Holstre_vallavalitsus, lk 15
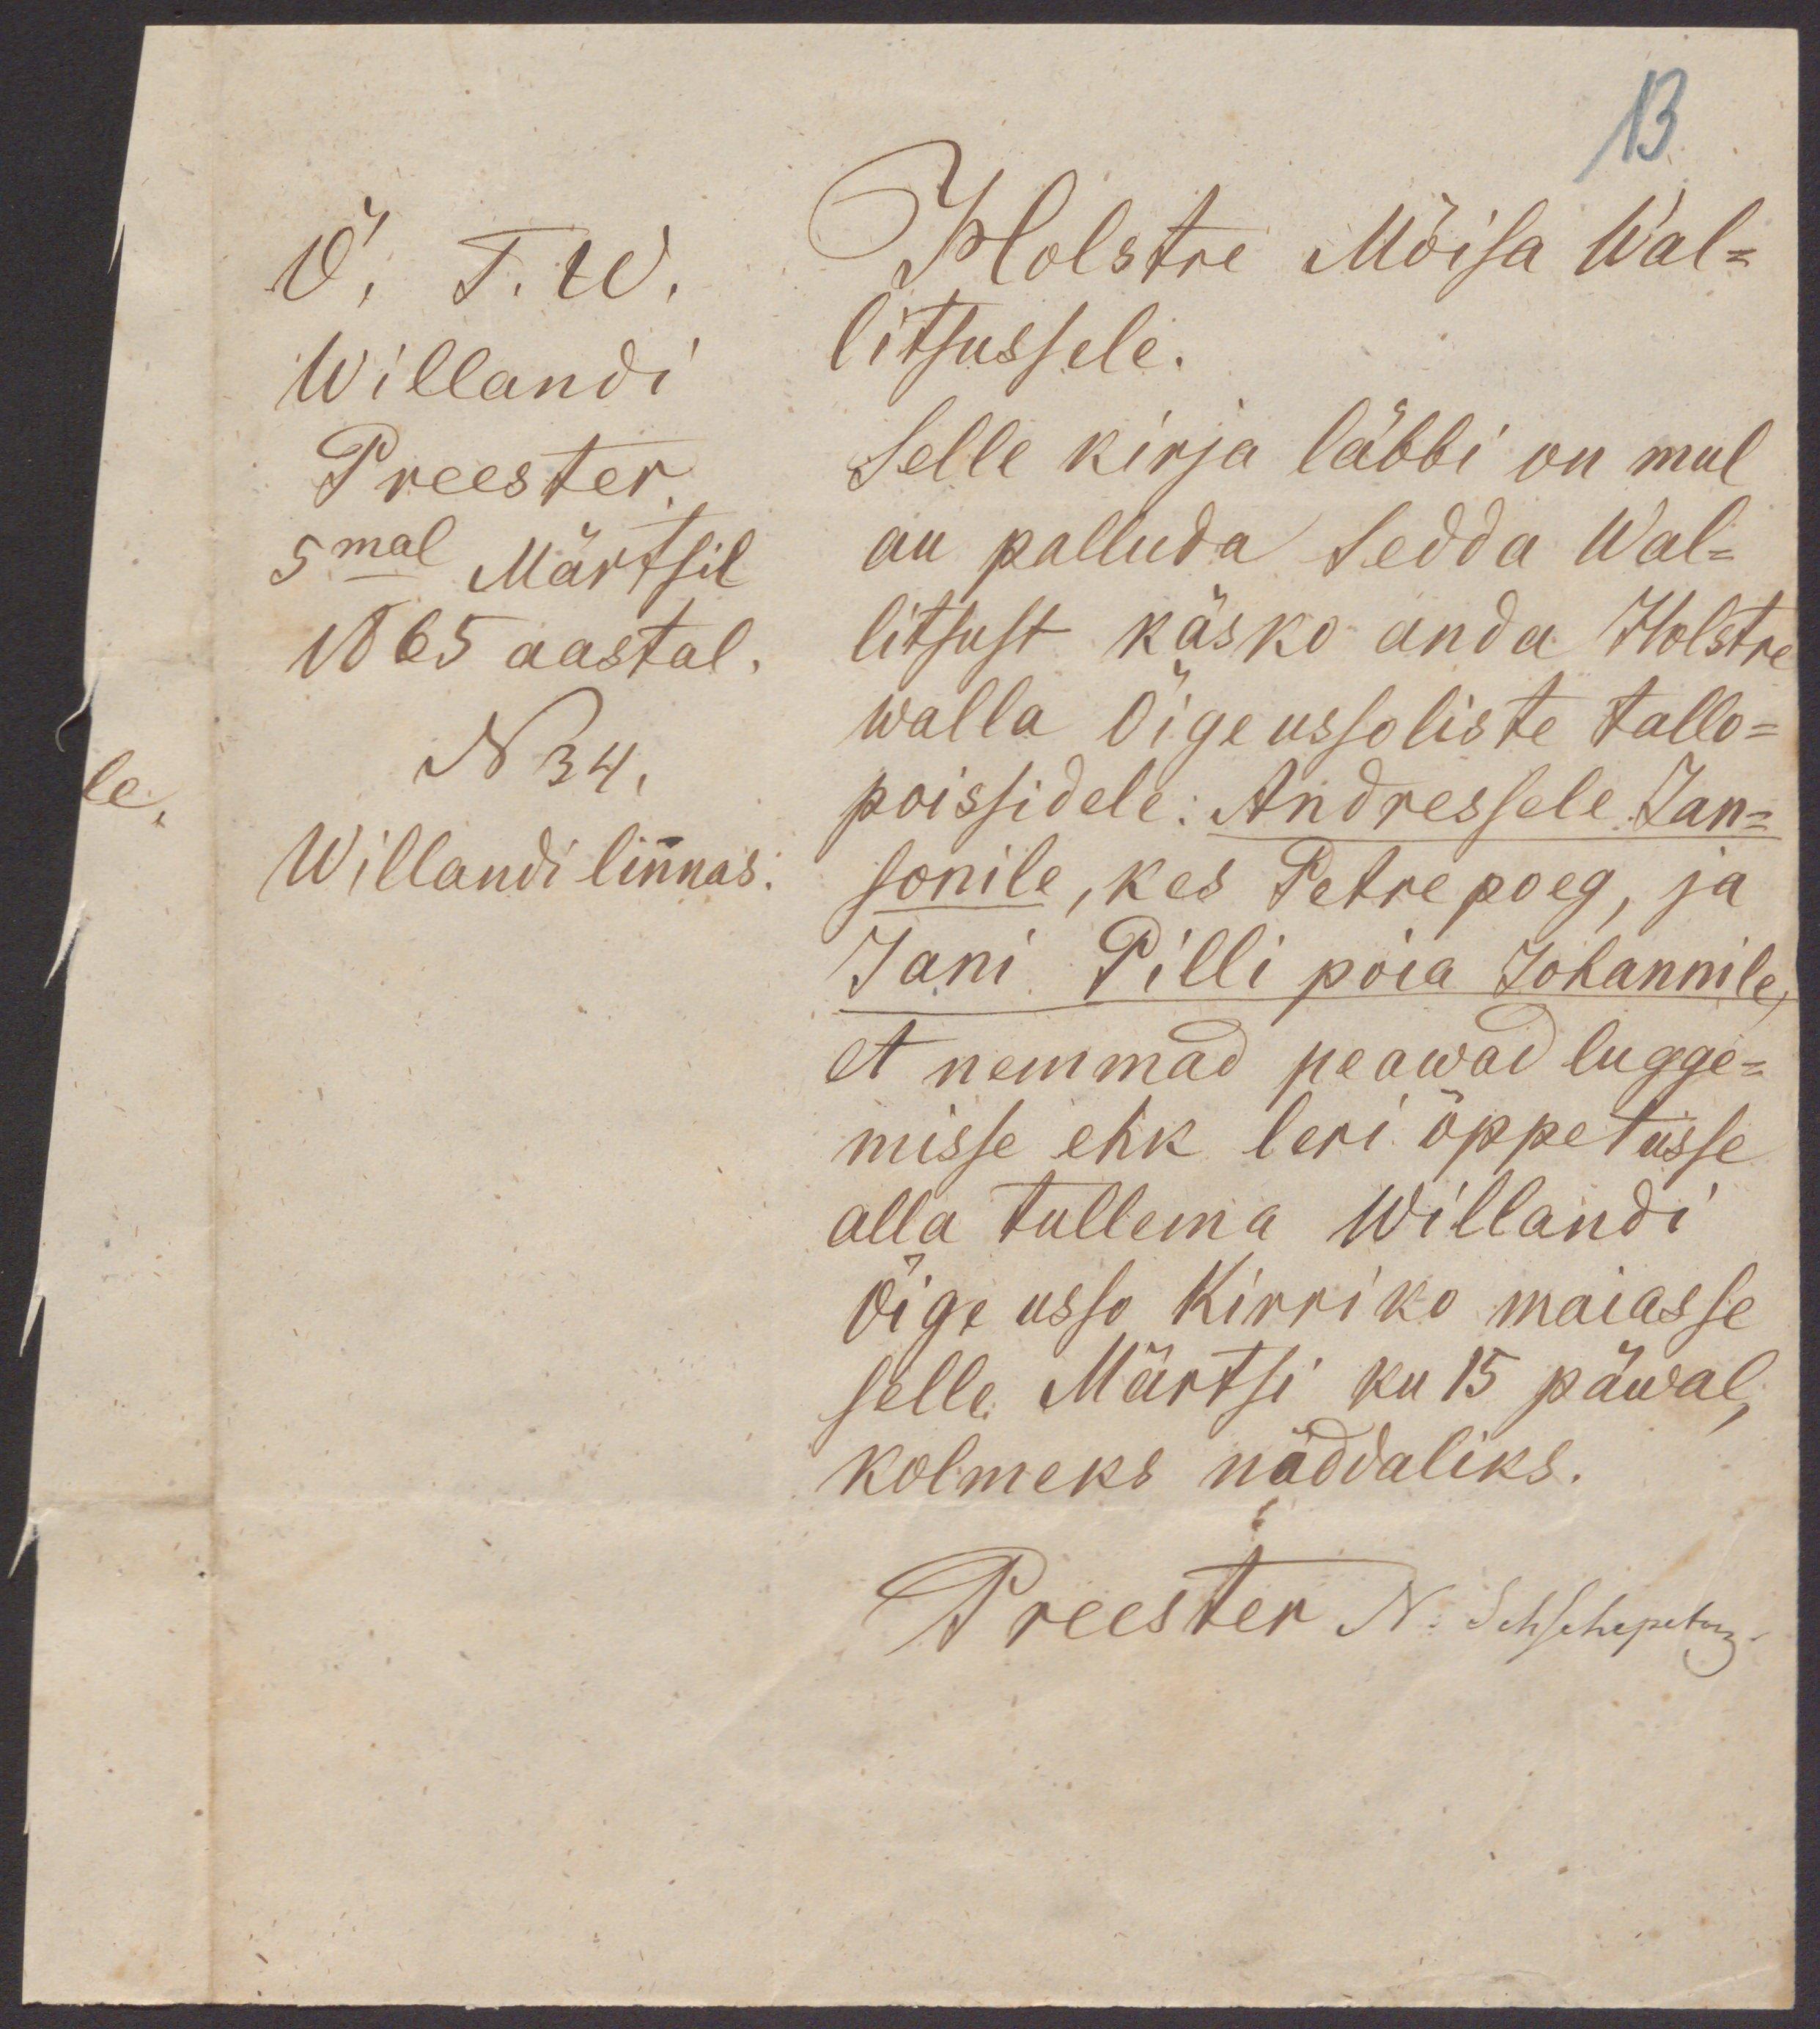
13.
Õ. T. W.
Holstre Mõisa Wal-
Willandi
litsussele.
Preester.
Selle kirja läbbi on mul
5mal Märtsil
au palluda sedda Wal-
1865 aastal.
litsust käsko anda Holstre
walla Õigeussoliste tallo-
N 34.
walla Õigeussoliste tallo-
poissidele: Andressele Jan-
Willandi linnas.
sonile, kes Petre poeg, ja
Jani Pilli poia Johannile,
et nemmad peawad lugge-
misse ehk leri õppetusse
alla tullema Willandi
Õige usso Kirriko maiasse
selle Märtsi ku 15 päwal,
kolmeks näddaliks.
Preester N. Schschepetow.